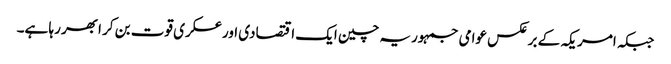
جبکہ امریکہ کے برعکس عوامی جمہوریہ چین ایک اقتصادی اورعسکری قوت بن کر ابھر رہا ہے۔